Indian journal of veterinary science and animal husbandry - Volumes 24-25, 1954-1955
Year: 1954
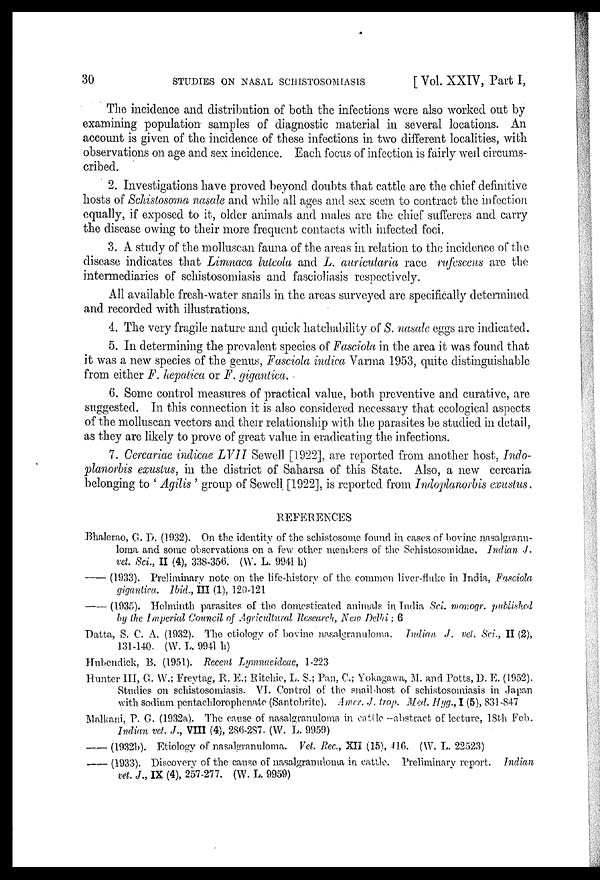
30
STUDIES
ON
NASAL
SCHISTOSOMIASIS
[Vol. XXIV, Part I,
The incidence and distribution of both the infections were also worked out by
examining population samples of diagnostic material in several locations. An
account is given of the incidence of these infections in two different localities, with
observations on age and sex incidence. Each focus of infection is fairly well circums-
cribed.
2. Investigations have proved beyond doubts that cattle are the chief definitive
hosts of Schistosoma nasale and while all ages and sex seem to contract the infection
equally, if exposed to it, older animals and males are the chief sufferers and carry
the disease owing to their more frequent contacts with infected foci.
3. A study of the molluscan fauna of the areas in relation to the incidence of the
disease indicates that Limnaea luteola and L. auricularia race rufescens are the
intermediaries of schistosomiasis and fascioliasis respectively.
All available fresh-water snails in the areas surveyed are specifically determined
and recorded with illustrations.
4. The very fragile nature and quick hatchability of S. nasale eggs are indicated.
5. In determining the prevalent species of Fasciola in the area it was found that
it was a new species of the genus, Fasciola indica Varma 1953, quite distinguishable
from either F. hepatica or F. gigantica.
6. Some control measures of practical value, both preventive and curative, are
suggested. In this connection it is also considered necessary that ecological aspects
of the molluscan vectors and their relationship with the parasites be studied in detail,
as they are likely to prove of great value in eradicating the infections.
7. Cercariae indicae LVII Sewell [1922], are reported from another host, Indo-
planorbis exustus, in the district of Saharsa of this State. Also, a new cercaria
belonging to 'Agilis' group of Sewell [1922], is reported from Indoplanorbis exustus.
REFERENCES
Bhalerao, G. D. (1932). On the identity of the schistosome found in cases of bovine nasalgranu-
loma and some observations on a few other members of the Sehistosomidae. Indian. J.
vet. Sci., II (4), 338-356. (W. L. 9941 h)
— (1933). Preliminary note on the life-history of the common liver-fluke in India, Fasciola
gigantica. Ibid., III (1), 120-121
— (1935). Helminth parasites of the domesticated animals in India Sci monogr. published
by the Imperial Council of Agricultural Research, New Delhi; 6
Datta, S. C. A. (1932). The etiology of bovine nasalgranuloma. Indian J. vet. Sci., II (2),
131-140. (W. L. 9941 h)
Hubendick, B. (1951). Recent Lymnaeideae, 1-223
Hunter III, G. W.; Freytag, R. E.; Ritchie, L. S.; Pan, C.; Yokagawa, M. and Potts, D. E. (1952).
Studies on schistosomiasis. VI. Control of the snail host of schistosomiasis in Japan
with sodium pentachlorophenate (Santobrite). Amer. J. trop. Med. Hyg., I (5), 831-847
Malkani, P. C. (1932a). The cause of nasalgranloma in entile—abstract of lecture, 18th Feb.
Indian vet. J., VIII (4), 286-287. (W. L. 9959)
— (1932b)). Etiology of nasalgranuloma. Vet. Rec., XII (15), 416. (W. L. 22523)
— (1933). Discovery of the cause of nasalgranuloma in cattle. Preliminary report. Indian
vet. J., IX (4), 257-277. (W. L. 9959)